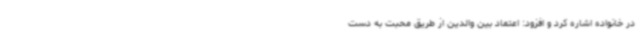
در خانواده اشاره کرد و افزود: اعتماد بین والدین از طریق محبت به دست